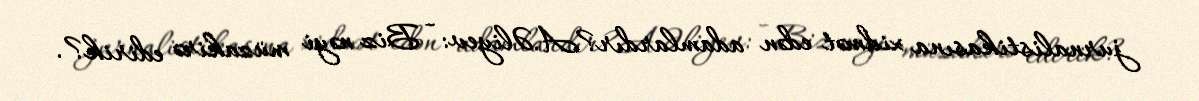
jurnalistikasına xidmət edən adamlardır?A.Əliyev: - Biz nəyi müzakirə edirik?.